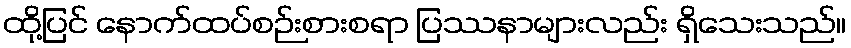
ထို့ပြင် နောက်ထပ်စဉ်းစားစရာ ပြဿနာများလည်း ရှိသေးသည်။